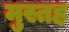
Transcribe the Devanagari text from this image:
मुस्तह